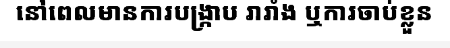
នៅពេលមានការបង្ក្រាប រារាំង ឬការចាប់ខ្លួន